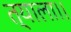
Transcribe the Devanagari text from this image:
त्याला।।